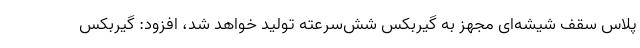
پلاس سقف شیشه‌ای مجهز به گیربکس شش‌سرعته تولید خواهد شد، افزود: گیربکس